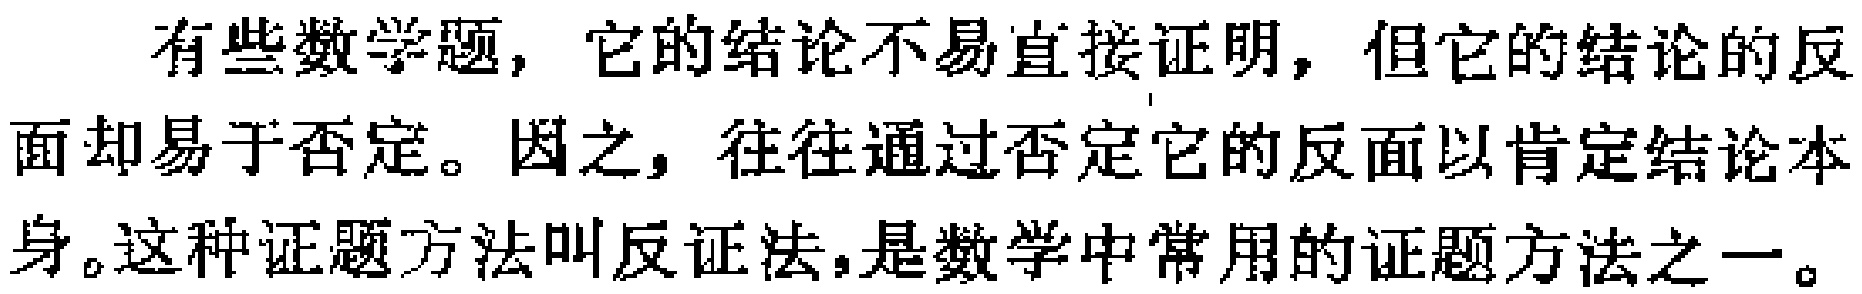
有些数学题，它的结论不易直接证明，但它的结论的反面却易于否定。因之，往往通过否定它的反面以肯定结论本身。这种证题方法叫反证法，是数学中常用的证题方法之一。